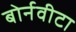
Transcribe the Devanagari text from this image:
बोर्नवीटा